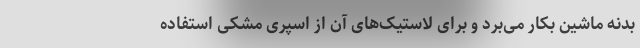
بدنه ماشین بکار می‌برد و برای لاستیک‌های آن از اسپری مشکی استفاده